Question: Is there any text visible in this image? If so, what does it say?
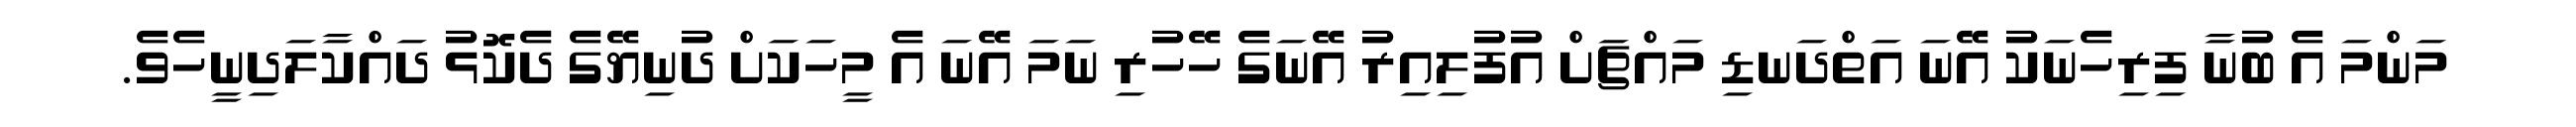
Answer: މަންމަ އެ ބުނާ ފިރިހެނަކު އޭނަ އަތްދަނޑި މައްޗަށް އުފުލިއިރު އޭނަގެ ހޭހުރި ނަމަ އޭނަ އެ މީހަކަށް ދުނިޔޭގެ ދެކޮޅު ދައްކާލަދިނީހެވެ.